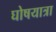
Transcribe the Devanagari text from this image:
घोषयात्रा